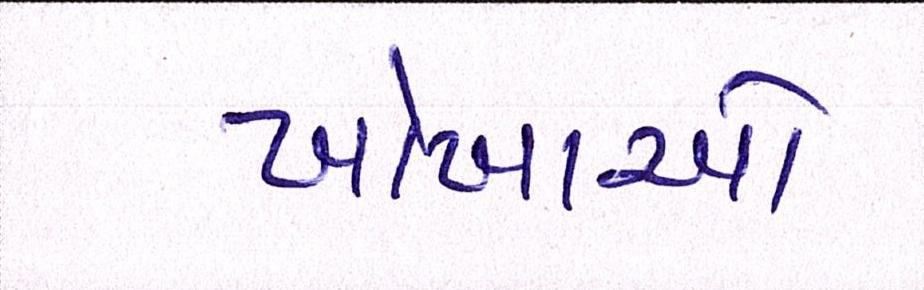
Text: ખોખાઓ